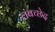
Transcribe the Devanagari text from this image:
लंबच्छेद